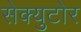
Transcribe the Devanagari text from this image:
सेक्युटोर